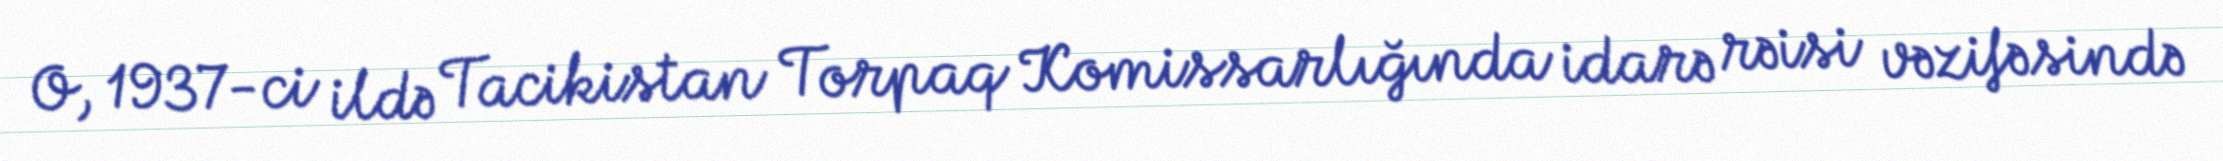
O, 1937-ci ildə Tacikistan Torpaq Komissarlığında idarə rəisi vəzifəsində